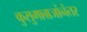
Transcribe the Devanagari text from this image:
कुसुमाग्रजांनंतर